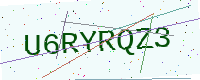
Text: U6RYRQZ3